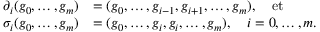
\begin{array} { r l } { \partial _ { i } ( g _ { 0 } , \ldots , g _ { m } ) } & { = ( g _ { 0 } , \ldots , g _ { i - 1 } , g _ { i + 1 } , \ldots , g _ { m } ) , \quad \mathrm { e t } } \\ { \sigma _ { i } ( g _ { 0 } , \ldots , g _ { m } ) } & { = ( g _ { 0 } , \ldots , g _ { i } , g _ { i } , \ldots , g _ { m } ) , \quad i = 0 , \ldots , m . } \end{array}